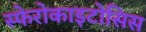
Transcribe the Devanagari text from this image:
स्फेरोकाइटोसिस